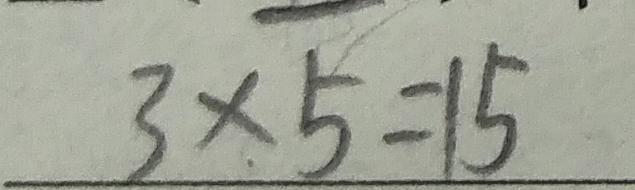
3 \times 5 = 1 5